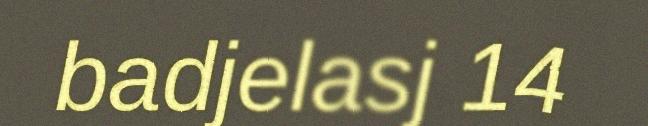
badjelasj 14